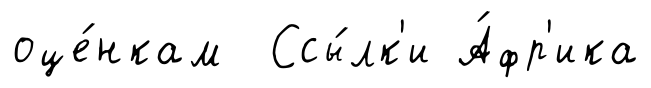
оце́нкам Ссы́лк'и А́фр'ика